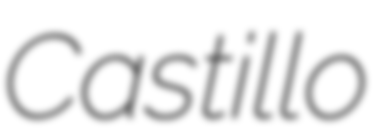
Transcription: Castillo